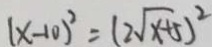
( x - 1 0 ) ^ { 2 } = ( 2 \sqrt { x + 5 } ) ^ { 2 }